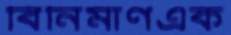
বিনির্মাণএক